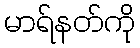
မာရ်နတ်ကို